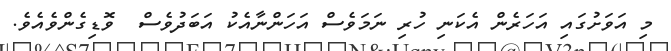
މި އަވަށުގައި އަހަރެން އެކަނި ހުރި ނަމަވެސް އަހަންނާއެކު އަބަދުވެސް  ވޮޑިގެންވެއެވެ.